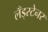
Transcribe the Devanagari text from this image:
लँड्स्टेनर